Vaccination report Assam 1896-1927 - 1896-1927
Year: 1896
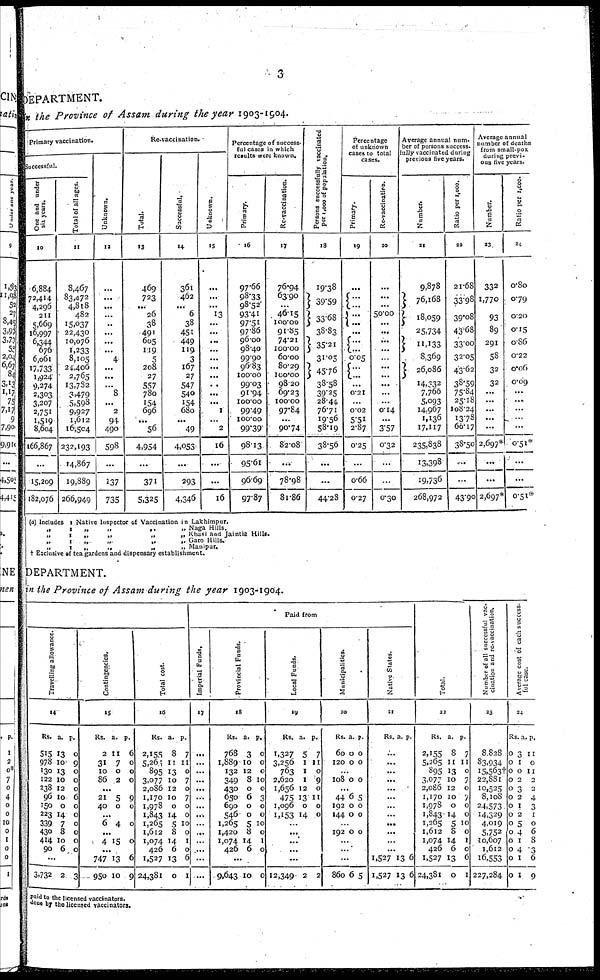
3
DEPARTMENT.
in the Province of Assam during the year 1903-1904.
Primary vaccination.
Successful.
One and under
six years.
10
6,884
72,414
4,296
211
5,669
16,997
6,344
676
6,061
17,733
1,924
9,274
2,303
3,207
2,751
1,519
8,604
166,867
...
15,209
182,076
Total of all ages.
11
8,467
83,472
4,818
482
15,037
22,430
10,076
1,233
8,105
24,406
2,765
13,782
3,479
5,598
9,927
1,612
16,504
232,193
14,867
19,889
266,949
Unknown.
12
...
...
...
...
...
...
...
...
4
...
...
...
8
...
2
94
490
598
...
137
735
Re-vaccination.
Total.
13
469
723
...
26
38
491
605
119
5
208
27
557
780
154
696
...
56
4,954
...
371
5,325
Successful.
14
361
462
...
6
38
451
449
119
3
167
27
547
540
154
680
...
49
4,053
...
293
4,346
Unknown.
15
...
...
...
13
...
...
...
...
...
...
...
...
...
...
1
...
2
16
...
...
16
Percentage of success-
ful cases in which
results were known.
Primary.
16
97.66
98.33
98.52
93.41
97.51
97.86
96.00
98.40
99.90
96.83
100.00
99.03
91.94
100.00
99.49
100.00
99.39
98.13
95.61
96.69
97.87
Re-vaccination.
17
76.94
63.90
...
46.15
100.00
91.85
74.21
100.00
60.00
80.29
100.00
98.20
69.23
100.00
97.84
...
90.74
82.08
...
78.98
81.86
Persons successfully vaccinated
per 1,000 of population.
18
19.38
39.59
33.68
38.83
35.21
31.05
45.76
38.58
39.25
28.44
76.71
19.56
58.19
38.56
...
...
44.28
Percentage
of unknown
cases to total
cases.
Primary.
19
...
...
...
...
...
...
...
...
0.05
...
...
...
0.21
...
0.02
5.51
2.87
0.25
...
0.66
0.27
Re-vaccination.
30
...
...
...
50.00
...
...
...
...
...
...
...
...
...
...
0.14
...
3.57
0.32
...
...
0.30
Average annual num-
ber of persons success-
fully vaccinated during
previous five years.
Number.
21
9,878
76,168
18,059
25,734
11,133
8,369
26,086
14,332
7,766
5,093
14,967
1,136
17,117
235,838
13,398
19,736
268,972
Ratio per 1,000.
22
21.68
33.98
39.08
43.68
33.00
32.05
43.62
38.59
75.84
25.18
108.24
13.78
66.17
38.50
...
...
43.90
Average annual
number of deaths
from small-pox
during previ-
ous five years.
Number.
23
332
1,770
93
89
291
58
32
32
...
...
...
...
...
2,697*
...
...
2,697*
Ratio per 1,000.
24
0.80
0.79
0.20
0.15
0.86
0.22
0.06
0.09
...
...
...
...
...
0.51*
...
...
0.51*
(a) Includes 1 Native Inspector of Vaccination in Lakhimpur.
„
1
„
„
„
„ Naga Hills.
„
1
„
„
„
„ Khasi and Jaintia Hills.
,.
1
„
„
„
„ Garo Hills.
„
1
„
„
„
„ Manipur.
† Exclusive of tea gardens and dispensary establishment.
DEPARTMENT.
in the Province of Assam during the year 1903-1904.
Travelling allowance.
14
Rs.
515
978
130
122
238
96
150
223
339
430
414
90
a.
13
10
13
10
12
10
0
14
7
8
10
6
p.
0
9
0
0
0
6
0
0
0
0
0
0
...
3,732 2 3
Contingencies.
15
Rs.
2
31
10
86
a.
11
7
0
2
p.
6
0
0
0
...
21
40
5
0
9
0
...
6 4 0
...
4 15 0
...
747
950
13
10
6
9
Total cost.
16
Rs.
2,155
5,260
895
3,077
2,086
1,170
1,978
1,843
1,265
1,612
1,074
426
1,527
24,381
a.
8
11
13
10
12
10
0
14
5
8
14
6
13
0
p.
7
11
0
7
0
7
0
0
10
0
1
0
6
1
Paid from
Imperial Funds.
17
...
...
...
...
...
...
...
...
...
...
...
...
...
....
Provincial Funds.
18
Rs.
768
1,889
132
349
430
650
690
546
1,265
1,420
1,074
426
a.
3
10
12
8
0
6
0
0
5
8
14
6
p.
0
0
0
10
0
3
0
0
10
0
1
0
...
9,643 10 0
Local Funds.
19
Rs.
1,327
3,256
763
2,620
1,656
475
1,096
1,153
a.
5
1
1
1
12
13
0
14
p.
7
11
0
9
0
11
0
0
...
...
...
...
...
12,349 2 2
Municipalities.
20
Rs.
60
120
a.
0
0
p.
0
0
...
108 0 0
...
44
192
144
6
0
0
5
0
0
...
192 0 0
...
...
860 6 5
Native States.
21
Rs. a. p.
...
...
...
...
...
...
...
...
...
...
...
...
1,527
1,527
13
13
6
6
Total.
22
Rs.
2,155
5,265
895
3,077
2,086
1,170
1,978
1,843
1,265
1,612
1,074
426
1,527
24,381
a.
8
11
13
10
12
10
0
14
5
8
14
6
13
0
p.
7
11
0
7
0
7
0
0
10
0
1
0
6
1
Number of all successful vac-
cination and re-vaccination.
23
8,828
83,934
15,563†
22,881
10,525
8,108
24,573
14,329
4,019
5,752
10,607
1,612
16,553
227,284
Average cost of each success-
ful case.
24
Rs.
0
0
0
0
0
0
0
0
0
0
0
0
0
0
a.
3
1
0
2
3
2
1
2
5
4
1
4
1
1
p.
11
0
11
2
2
4
3
1
0
6
8
3
6
9
Paid to the licensed vaccinators.
done by the licensed vaccinators.